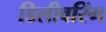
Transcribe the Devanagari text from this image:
डिलीवरिंग